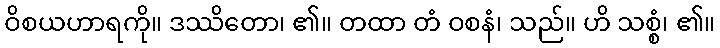
ဝိစယဟာရကို။ ဒဿိတော၊ ၏။ တထာ တံ ဝစနံ၊ သည်။ ဟိ သစ္စံ၊ ၏။